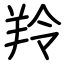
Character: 羚